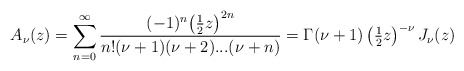
\begin{align*}A_{\nu}(z) = \sum_{n=0}^{\infty} \frac{(-1)^n \big(\tfrac12 z\big)^{2n}}{n!(\nu +1)(\nu +2)...(\nu+n)} = \Gamma(\nu +1) \left(\tfrac12 z\right)^{-\nu} J_{\nu}(z)\end{align*}